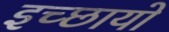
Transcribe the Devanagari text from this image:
इच्छायो